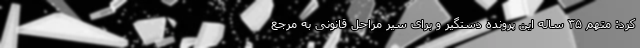
کرد: متهم ۳۵ ساله این پرونده دستگیر و برای سیر مراحل قانونی به مرجع